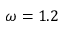
\omega = 1 . 2